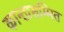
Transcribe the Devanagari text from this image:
कान्तासम्मित